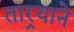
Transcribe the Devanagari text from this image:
तार्‍याने